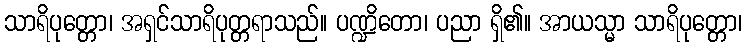
သာရိပုတ္တော၊ အရှင်သာရိပုတ္တရာသည်။ ပဏ္ဍိတော၊ ပညာ ရှိ၏။ အာယသ္မာ သာရိပုတ္တော၊